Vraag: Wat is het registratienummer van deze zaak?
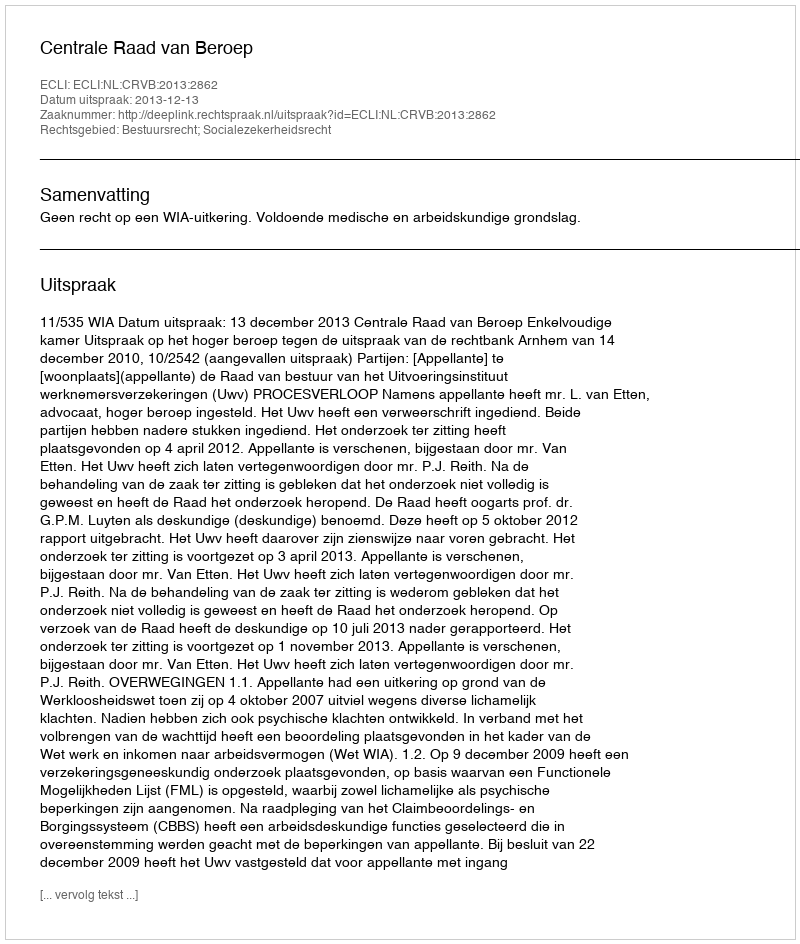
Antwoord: http://deeplink.rechtspraak.nl/uitspraak?id=ECLI:NL:CRVB:2013:2862